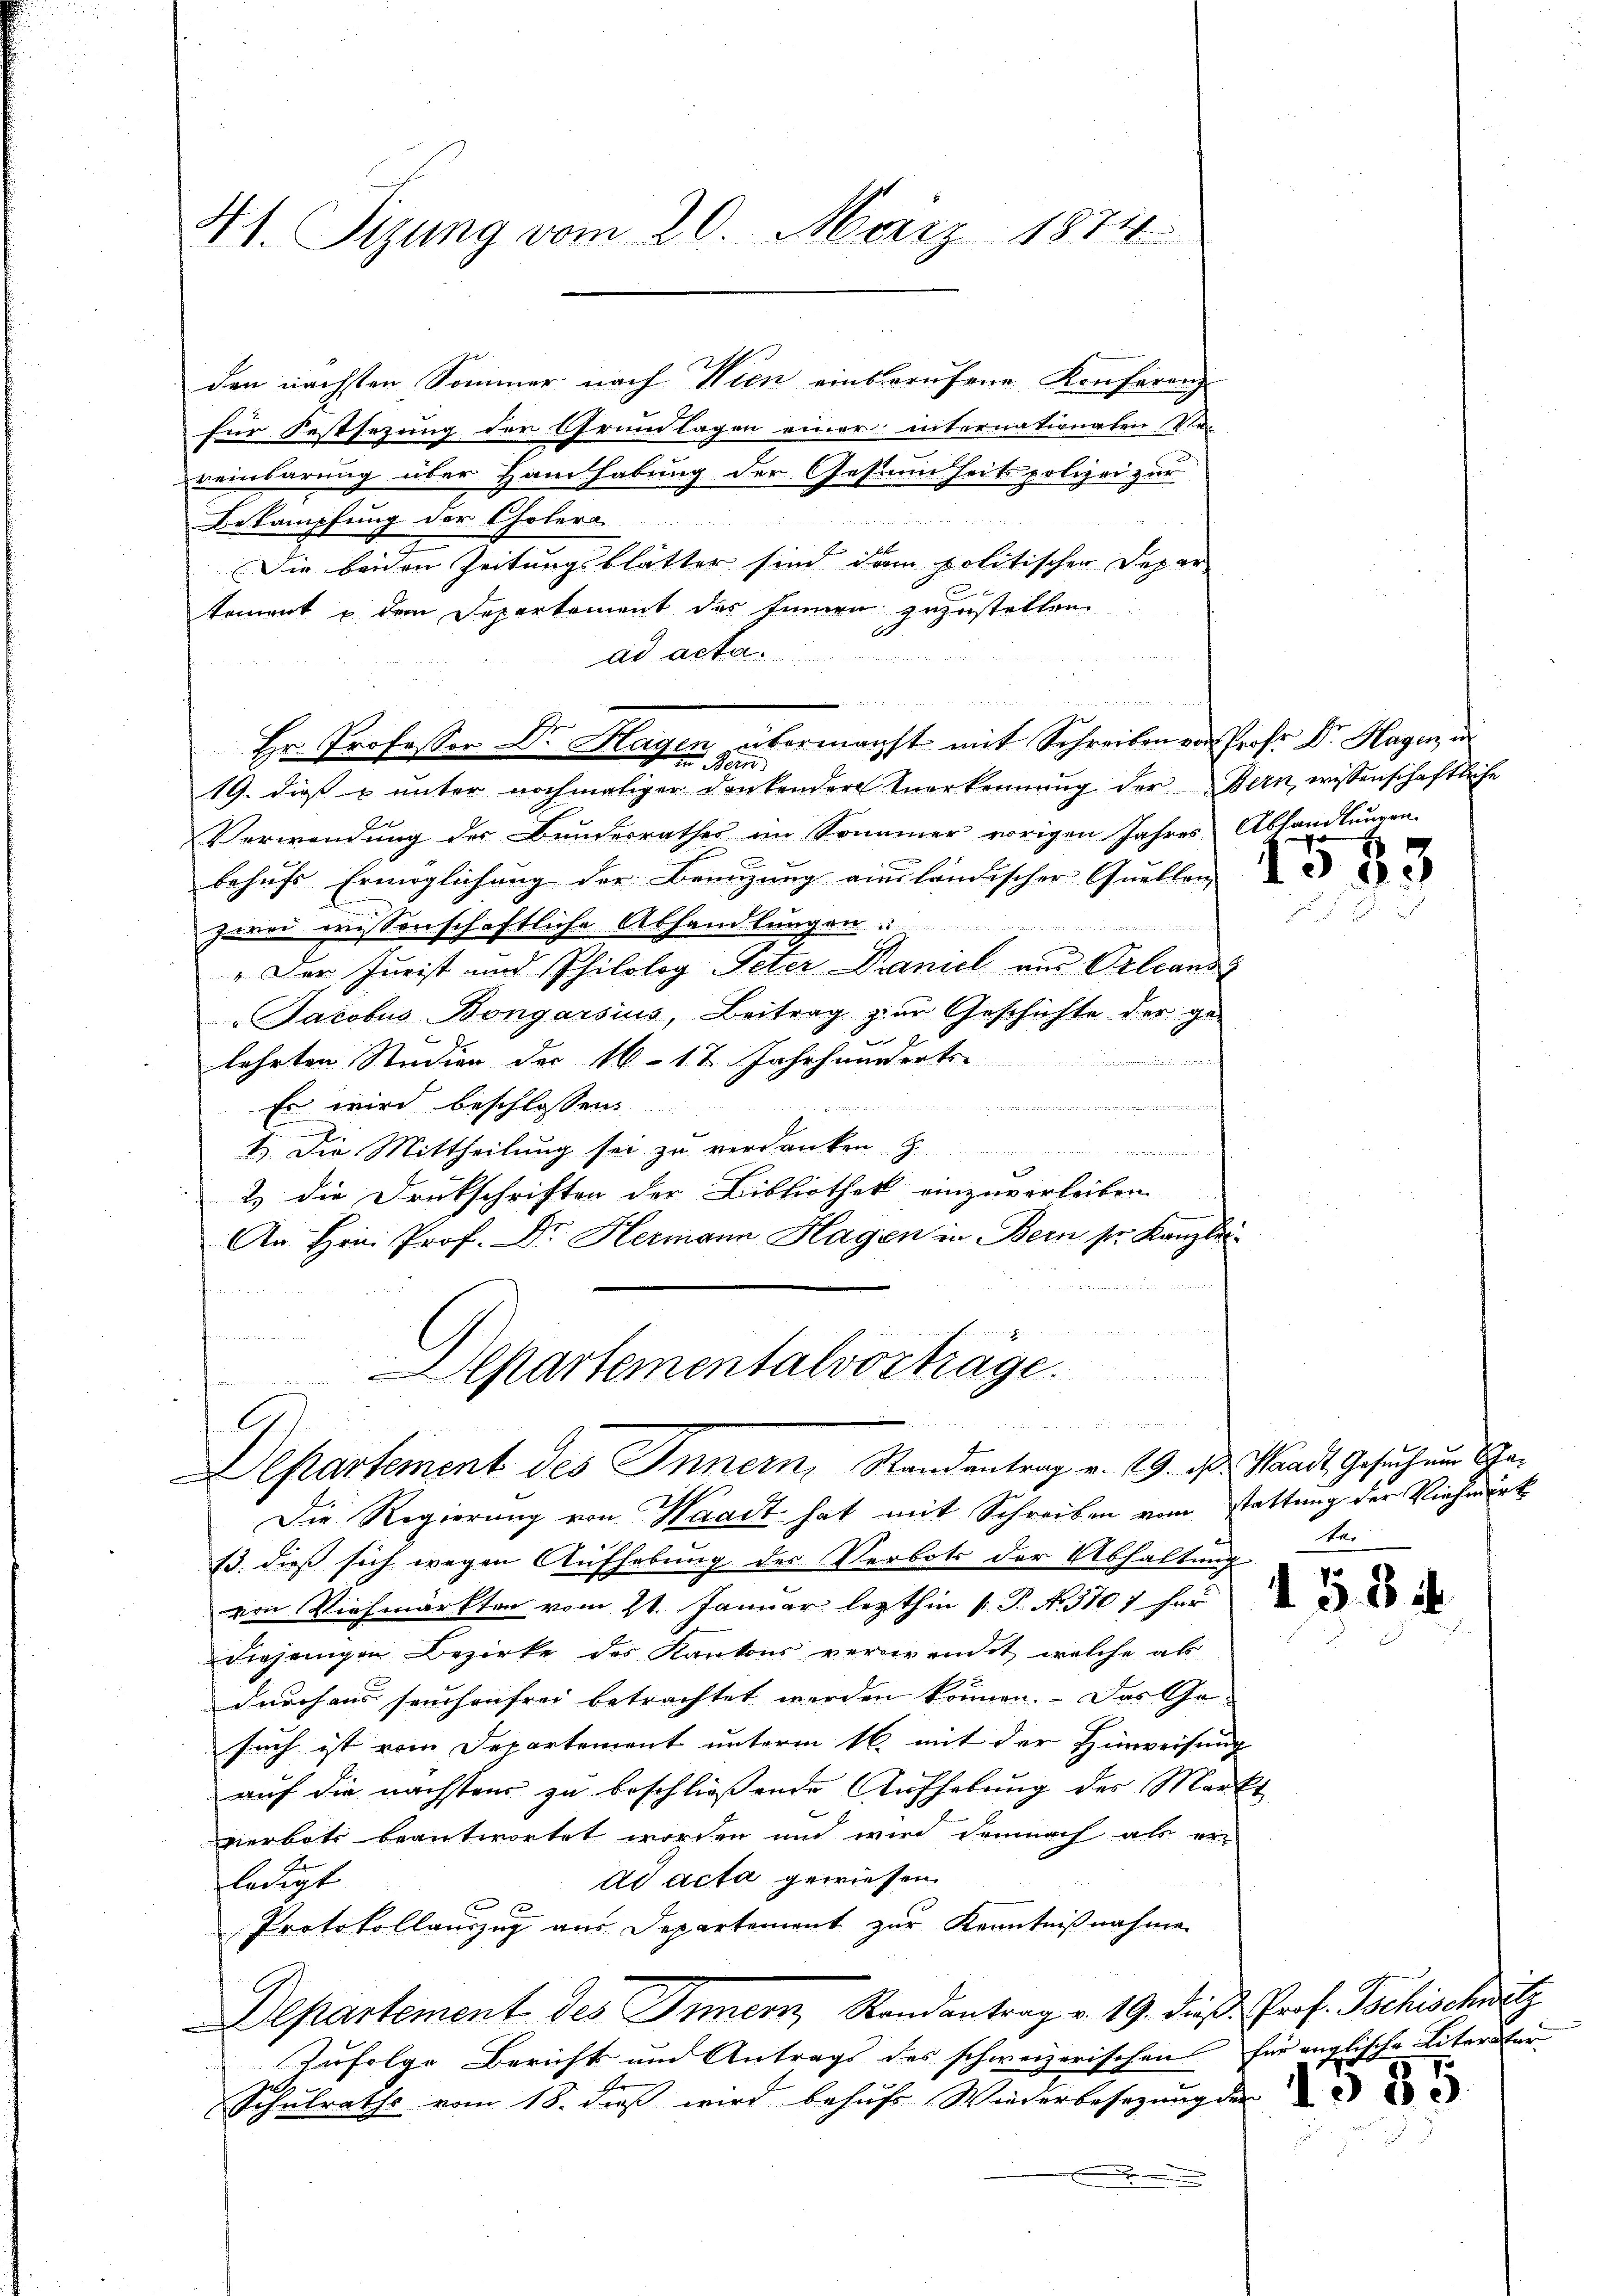
41. Sizung vom 20. März 1874

für Festsezung der Grundlagen einer internationaten Ver-
reinbarung über Handhabung der Gestammheitspolizei zur
Bekämpfung der Cholera
Die beiden Zeitungsblätter sind dem politischen Depar
tement u dem Departement des sinnen zuzustellen.
ad acta.
19. dieß u unter nochmaliger denkendere Anerkennung der Bern wissenschaftliche
Verwendung der Bundesrathes im Sommer vorigen Jahres Abhandlungen
1
behufs Ermöglichung der Benuzung einständischer Quellen,
zwei wissenschaftliche Abhandlungen.
„Der Jurist und Philolog Peter Daniel aus Orleans
Jacobus Bongarsius, Beitrag zur Geschichte der ge-
e
lehrten Studien der 16. 17 Jahrhunderts
 er, der den würde der

Es wird beschlossen
2

1.) Die Mittheilung sei zu verdanken.

2.) die Druckschriften der Bibliothek einzuverleiben
An Hrn. Prof. Dr. Hermann Hagen in Bern sr. Kanzlei
 an der Gener 188
.
.

den nächsten Sommer nach Wien einberufene Konferenz

Hr. Professor Dr. Hagen übermacht mit Schreiben vor Prof. Dr. Hagen i
in Bern

partementalvorträge.
A
Aepartement des Innern, Randantrag v. 19. d. Waadt, Gesuch um Ge¬

Die Regierung von Waadt hat mit Schreiben von stattung der Viehmärk
13. dieß sich wegen Aufhebung des Verbots der Abhaltung
von Viehmärkten vom 21. Januar lezthin 1. P. N. 1107 für
diejenigen Bezirke des Kantons verwendet, welche ab
durch aus seuchenfrei betrachtet werden können. Das Gesuch ist vom Departement unterm 16 mit der Hinweisung
auf die nächstens zu beschließende Aufhebung des Markt
verbote beantwortet worden und wird demnach als ein
ad acta gewiesen.
ledigt
Protokollauszug aus. Departement zur Kenntnißnahme
Departement des Innern, Randantrag v. 19. dieß Prof. Tschischwätz
Zufolge Bericht um Antrags des schweizerischen für englische Literster
Er
Schulraths vom 18. dieβ wird behufe Wiederbesetzung der

1583

te